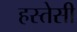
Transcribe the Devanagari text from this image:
हस्तेसी